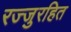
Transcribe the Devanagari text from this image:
रज्जुरहित